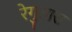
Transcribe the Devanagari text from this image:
रेगुलास